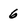
Character: 6